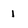
Character: I